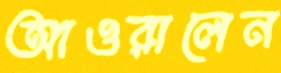
আওরালেন